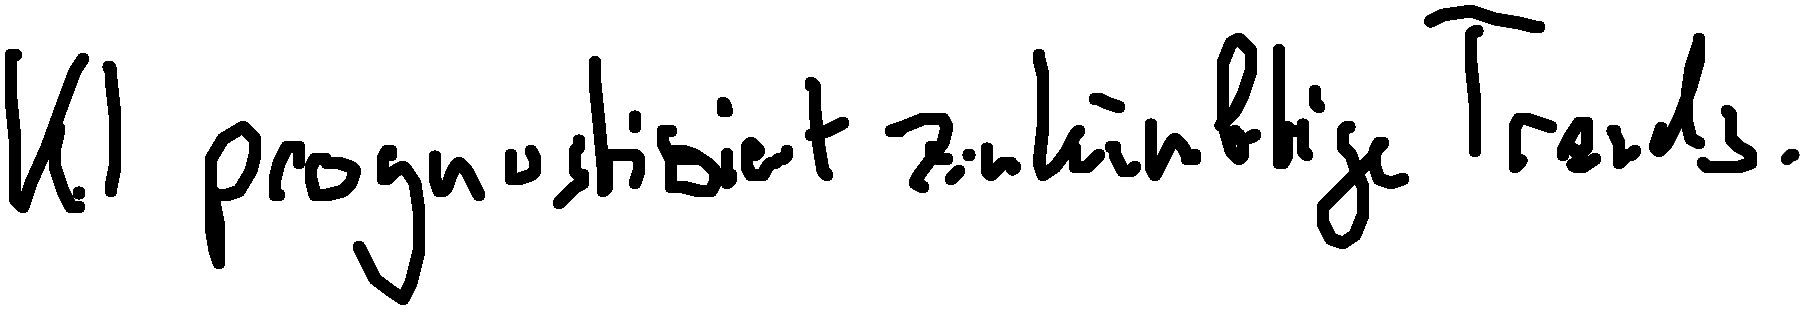
KI prognostiziert zukünftige Trends.